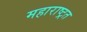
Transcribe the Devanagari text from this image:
महाराष्ट्रत